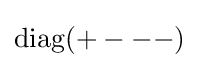
{\rm {diag}}(+---)